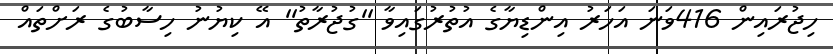
ހިޖުރައިން 416ވަނަ އަހަރު އިންޑިޔާގެ އުތުރުގައިވާ ''ގުޖުރާތު'' އޭ ކިޔުނު ހިސާބުގެ ރަށްތައް